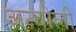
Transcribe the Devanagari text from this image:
अन्चोली